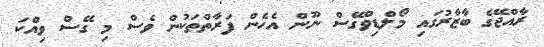
ރާއްޖޭގެ ބާޒާރުގައި މޯލްޑިވްގޭސް ނޫން އެހެން ފަރާތްތަކުން ވެސް މި ގޭސް ވިއްކަ